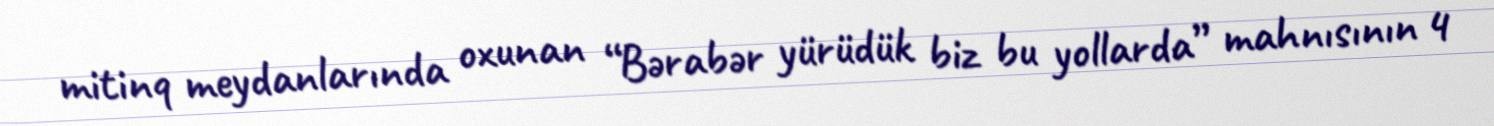
mitinq meydanlarında oxunan “Bərabər yürüdük biz bu yollarda” mahnısının 4